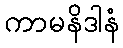
ကာမနိဒါနံ